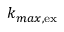
k _ { m a x , \mathrm { e x } }